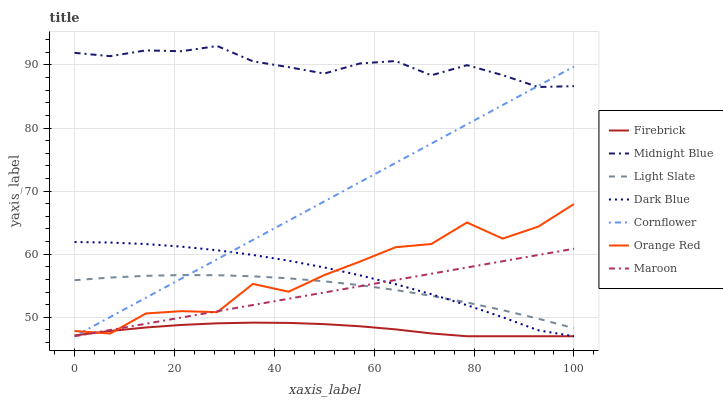
| xaxis_label | Firebrick | Midnight Blue | Light Slate | Dark Blue | Cornflower | Orange Red | Maroon |
 | --- | --- | --- | --- | --- | --- | --- | --- |
 | 0 | 47.1 | 91.9 | 55.9 | 61.9 | 47 | 47.8 | 47 |
 | 7.14 | 47.8 | 91.4 | 56.3 | 61.9 | 50.1 | 47.4 | 48 |
 | 14.3 | 48.4 | 92.3 | 56.6 | 61.6 | 53.1 | 50.6 | 49 |
 | 21.4 | 48.8 | 92.2 | 56.7 | 61.2 | 56.2 | 51 | 50 |
 | 28.6 | 49.1 | 93 | 56.7 | 60.6 | 59.2 | 50.8 | 51 |
 | 35.7 | 49.2 | 90.6 | 56.5 | 59.9 | 62.3 | 55.3 | 52 |
 | 42.9 | 49.1 | 89.7 | 56.2 | 59 | 65.3 | 54.1 | 52.9 |
 | 50 | 48.9 | 88.6 | 55.7 | 57.9 | 68.4 | 56.7 | 53.9 |
 | 57.1 | 48.6 | 90.2 | 55.1 | 56.7 | 71.4 | 58.8 | 54.9 |
 | 64.3 | 48.1 | 90.6 | 54.3 | 55.2 | 74.5 | 61.1 | 55.9 |
 | 71.4 | 47.4 | 88.4 | 53.4 | 53.7 | 77.5 | 61.6 | 56.9 |
 | 78.6 | 47 | 90 | 52.3 | 51.9 | 80.6 | 65 | 57.9 |
 | 85.7 | 47 | 88.4 | 51.1 | 50 | 83.6 | 62.5 | 58.9 |
 | 92.9 | 47 | 86.5 | 49.8 | 47.9 | 86.7 | 64.4 | 59.9 |
 | 100 | 47 | 86.6 | 48.3 | 47 | 89.7 | 68 | 60.9 |